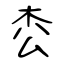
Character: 枩